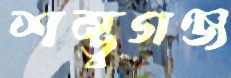
শম্ভুগঞ্জ